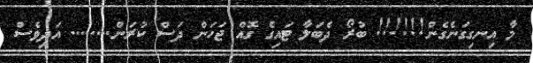
މާ އިނގިގަނެގެން!!!!!! ބުރޯ ދެބަލާ ޓައިގެ ގޮއް ޖަހަން ދަސް ކުރަން........ އަދިވެސް